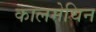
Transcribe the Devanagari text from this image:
कालमेघिन